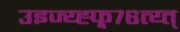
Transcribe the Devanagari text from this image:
उइज्य्ह्फ्र्७६त्य्त्